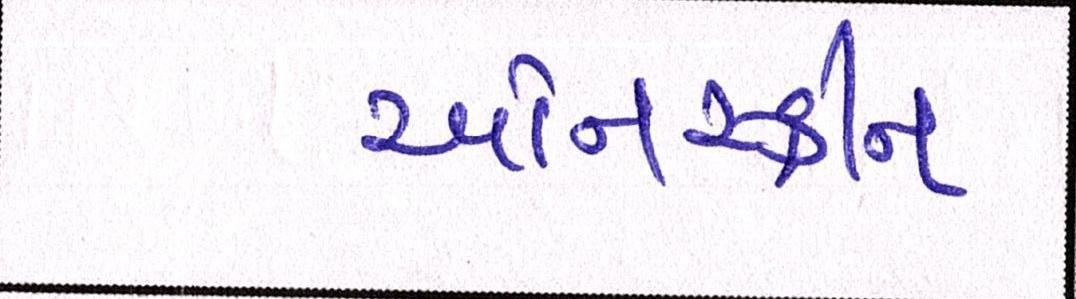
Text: ઓનસ્ક્રીન